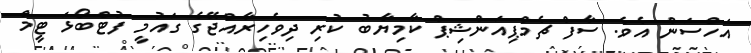
އަހްސަން އެވެ. ސާފް ޗެމްޕިއަންޝިޕް ކާމިޔާބު ކުރި ދިވެހިރާއްޖޭގެ ގައުމީ ފުޓްބޯޅަ ޓީމް